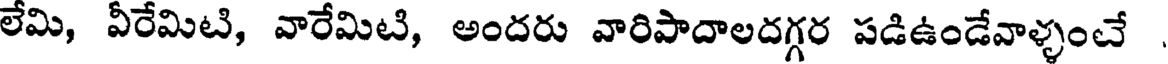
లేమి, వీరేమిటి, వారేమిటి, అందరు వారిపాదాలదగ్గర పడిఉండేవాళ్ళంచే